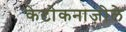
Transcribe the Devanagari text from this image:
केटोकनाज़ोले